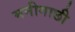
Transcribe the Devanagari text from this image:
मनीगाछी